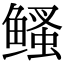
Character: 鳋